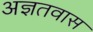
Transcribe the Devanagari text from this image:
अज्ञतवास